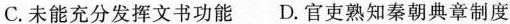
C.未能充分发挥文书功能D.官吏熟知秦朝典章制度